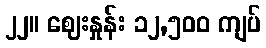
၂၂။ ဈေးနှုန်း ၁၂,၅၀၀ ကျပ်